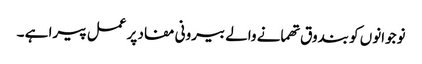
نوجوانوں کو بندوق تھمانے والے بیرونی مفاد پر عمل پیرا ہے ۔